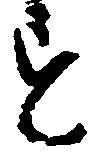
す